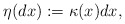
\begin{align*}\eta(dx):=\kappa(x)dx,\end{align*}